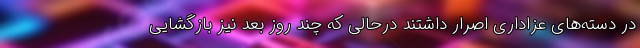
در دسته‌های عزاداری اصرار داشتند درحالی که چند روز بعد نیز بازگشایی